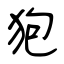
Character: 狍